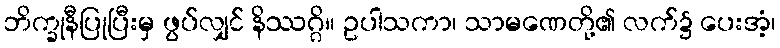
ဘိက္ခုနီပြုပြီးမှ ဖွပ်လျှင် နိဿဂ္ဂိ။ ဥပါသကာ၊ သာမဏေတို့၏ လက်၌ ပေးအံ့၊